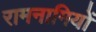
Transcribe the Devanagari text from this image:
रामनामियों